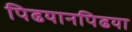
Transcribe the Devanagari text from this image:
पिढयानपिढया